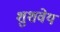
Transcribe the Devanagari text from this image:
शुशवेय